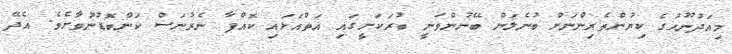
މިއަދުނޫހުގެ ކިޔުންތެރިންނަށް ބުނެލަން ބޭނުންވަނީ ބުރަކަށީގައި އަތްއަޅައި ކޮއްޕާ ނެރުނަސް ކަންބޮޑުނުވާށެވެ. އެދޭ